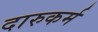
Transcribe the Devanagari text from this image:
दारुकर्म